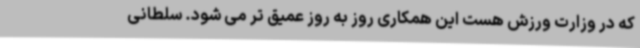
که در وزارت ورزش هست این همکاری روز به روز عمیق تر می شود. سلطانی